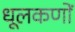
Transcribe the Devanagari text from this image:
धूलकणों